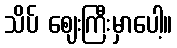
သိပ် ဈေးကြီးမှာပေါ့။